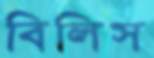
বিলিস